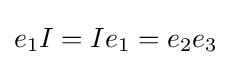
e_{1}I=Ie_{1}=e_{2}e_{3}